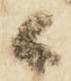
上